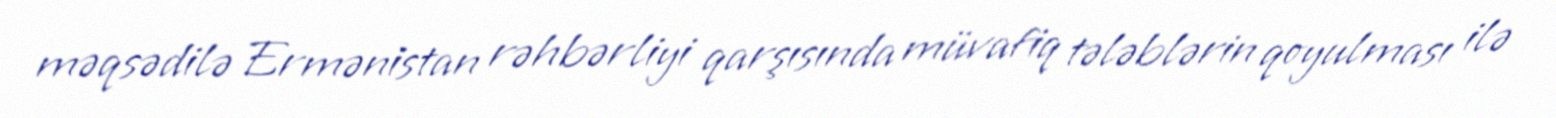
məqsədilə Ermənistan rəhbərliyi qarşısında müvafiq tələblərin qoyulması ilə